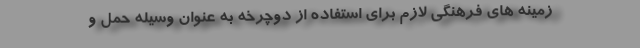
زمینه های فرهنگی لازم برای استفاده از دوچرخه به عنوان وسیله حمل و